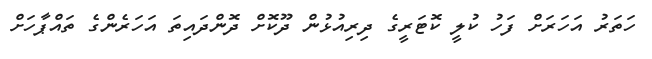
ހަތަރު އަހަރަށް ފަހު ކުލީ ކޮޓަރީގެ ދިރިއުޅުން ދޫކޮށް ދޮންދައިތަ އަހަރެންގެ ތައްޕާހަށް